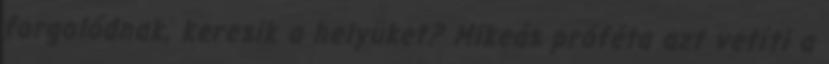
forgolódnak, keresik a helyüket? Mikeás próféta azt vetíti a